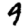
Digit: 9